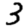
Digit: 3